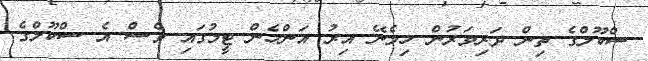
ސްކޫލްގެ ތިން ދަރިވަރުން ހިމެނޭ އިރު އަންހެން ޓީމުގައި ވެސް އެ ސްކޫލްގެ